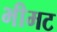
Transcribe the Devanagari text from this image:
भीमट